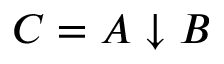
C = A \downarrow B